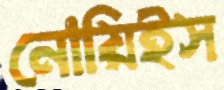
নোয়িইস